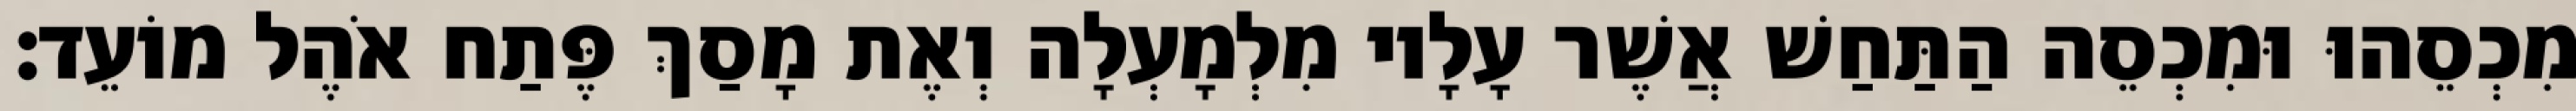
מִכְסֵהוּ וּמִכְסֵה הַתַּחַשׁ אֲשֶׁר עָלָיו מִלְמָעְלָה וְאֶת מָסַךְ פֶּתַח אֹהֶל מוֹעֵד׃